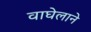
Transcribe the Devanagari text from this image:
वाघेलाने